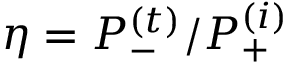
\eta = P _ { - } ^ { ( t ) } / P _ { + } ^ { ( i ) }